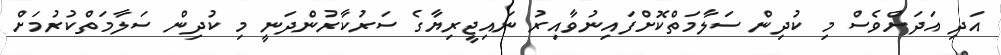
އަދި އަދަށްވެސް މި ކުދިން ސަލާމަތްކޮށްފައިނުވާއިރު ނައިޖީރިޔާގެ ސަރުކާރުންދަނީ މި ކުދިން ސަލާމަތްކުރުމަށް